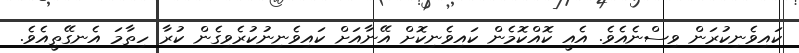
ކައިވެނިކުރަން ވިސްނެއެވެ. އެއީ ކޮއްކޮމެން ކައިވެނިކޮށް އޭނާއަށް ކައިވެނިނުކުރެވިގެން ކުރާ ހިތާމަ އެނގޭތީއެވެ.